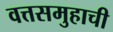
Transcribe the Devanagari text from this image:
वत्तसमुहाची